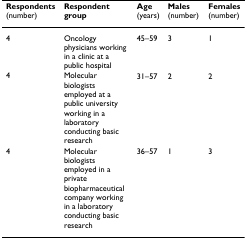
| Respondents (number) | Respondent group | Age (years) | Males (number) | Females (number) |
 | --- | --- | --- | --- | --- |
 | 4 | Oncology physicians working in a clinic at a public hospital | 45–59 | 3 | 1 |
 | 4 | Molecular biologists employed at a public university working in a laboratory conducting basic research | 31–57 | 2 | 2 |
 | 4 | Molecular biologists employed in a private biopharmaceutical company working in a laboratory conducting basic research | 36–57 | 1 | 3 |